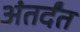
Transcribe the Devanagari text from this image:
अंतर्दंत